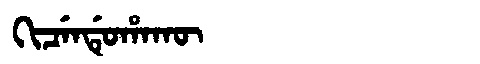
Manchu: ᡴᡳᠴᡝᠨᡩᡠᡥᠠᡴᡡ
Romanization: KICENDUHAKŪ